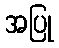
အပြု